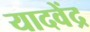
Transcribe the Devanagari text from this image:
यादवेंद्र